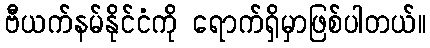
ဗီယက်နမ်နိုင်ငံကို ရောက်ရှိမှာဖြစ်ပါတယ်။